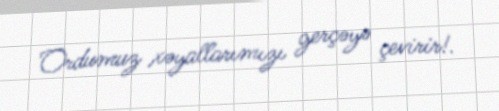
Ordumuz xəyallarımızı gerçəyə çevirir!.